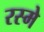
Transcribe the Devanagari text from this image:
रस्मे